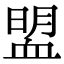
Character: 𧖽